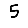
Digit: 5